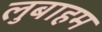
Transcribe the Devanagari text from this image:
लुबाहम